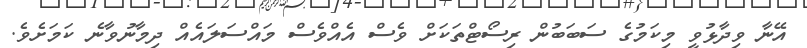
އޭނާ ވިދާޅުވީ މިކަމުގެ ސަބަބުން ރިސޯޓްތަކަށް ވެސް އެއްވެސް މައްސަލައެއް ދިމާނުވާނެ ކަމަށެވެ.